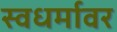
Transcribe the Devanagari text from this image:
स्वधर्मावर